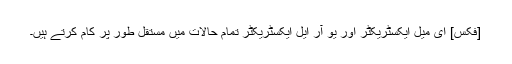
[فکس] ای میل ایکسٹریکٹر اور یو آر ایل ایکسٹریکٹر تمام حالات میں مستقل طور پر کام کرتے ہیں۔